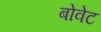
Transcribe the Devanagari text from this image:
बोवेट